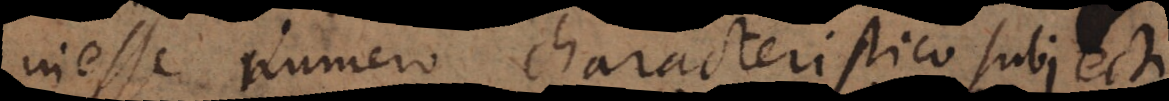
inesse numero characteristico subjecti.